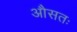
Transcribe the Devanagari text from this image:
औसतः